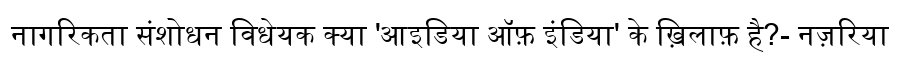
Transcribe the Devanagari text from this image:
नागरिकता संशोधन विधेयक क्या 'आइडिया ऑफ़ इंडिया' के ख़िलाफ़ है?- नज़रिया